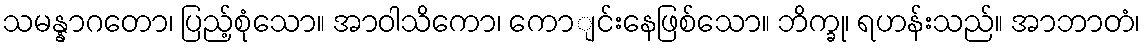
သမန္နာဂတော၊ ပြည့်စုံသော။ အာဝါသိကော၊ ကောျင်းနေဖြစ်သော။ ဘိက္ခု၊ ရဟန်းသည်။ အာဘာတံ၊